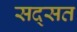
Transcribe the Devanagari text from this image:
सद्सत